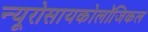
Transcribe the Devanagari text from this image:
न्यूरोसायकोलॉजिकल